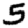
Digit: 5